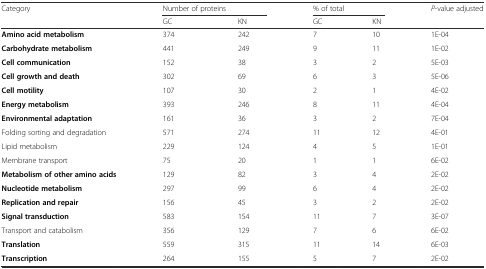
| Category | <COLSPAN=2> Number of proteins | <COLSPAN=2> % of total | P-value adjusted |
 |  | GC | KN | GC | KN |  |
 | --- | --- | --- | --- | --- | --- |
 | Amino acid metabolism | 374 | 242 | 7 | 10 | 1E-04 |
 | Carbohydrate metabolism | 441 | 249 | 9 | 11 | 1E-02 |
 | Cell communication | 152 | 38 | 3 | 2 | 5E-03 |
 | Cell growth and death | 302 | 69 | 6 | 3 | 5E-06 |
 | Cell motility | 107 | 30 | 2 | 1 | 4E-02 |
 | Energy metabolism | 393 | 246 | 8 | 11 | 4E-04 |
 | Environmental adaptation | 161 | 36 | 3 | 2 | 7E-04 |
 | Folding sorting and degradation | 571 | 274 | 11 | 12 | 4E-01 |
 | Lipid metabolism | 229 | 124 | 4 | 5 | 1E-01 |
 | Membrane transport | 75 | 20 | 1 | 1 | 6E-02 |
 | Metabolism of other amino acids | 129 | 82 | 3 | 4 | 2E-02 |
 | Nucleotide metabolism | 297 | 99 | 6 | 4 | 2E-02 |
 | Replication and repair | 156 | 45 | 3 | 2 | 2E-02 |
 | Signal transduction | 583 | 154 | 11 | 7 | 3E-07 |
 | Transport and catabolism | 356 | 129 | 7 | 6 | 6E-02 |
 | Translation | 559 | 315 | 11 | 14 | 6E-03 |
 | Transcription | 264 | 155 | 5 | 7 | 2E-02 |